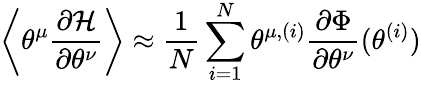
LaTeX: \left\langle\theta^{\mu}\frac{\partial\mathcal{H}}{\partial\theta^{\nu}}\right\rangle\approx\frac{1}{N}\sum_{i=1}^{N}\theta^{\mu,(i)}\frac{\partial\Phi}{\partial\theta^{\nu}}(\theta^{(i)})